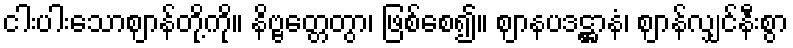
ငါးပါးသောဈာန်တို့ကို။ နိဗ္ဗတ္တေတွာ၊ ဖြစ်စေ၍။ ဈာနပဒဋ္ဌာနံ၊ ဈာန်လျှင်နီးစွာ